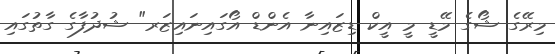
މިރޭގެ ޝޯގެ މޭޑީ މީ އީކް ޑިޒައިނާ އެންޑް އޯގައިނައިޒަރ" ޝުދުފާގެ ގާތުގައި